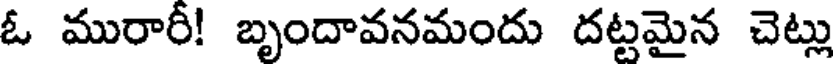
ఓ మురారీ! బృందావనమందు దట్టమైన చెట్లు